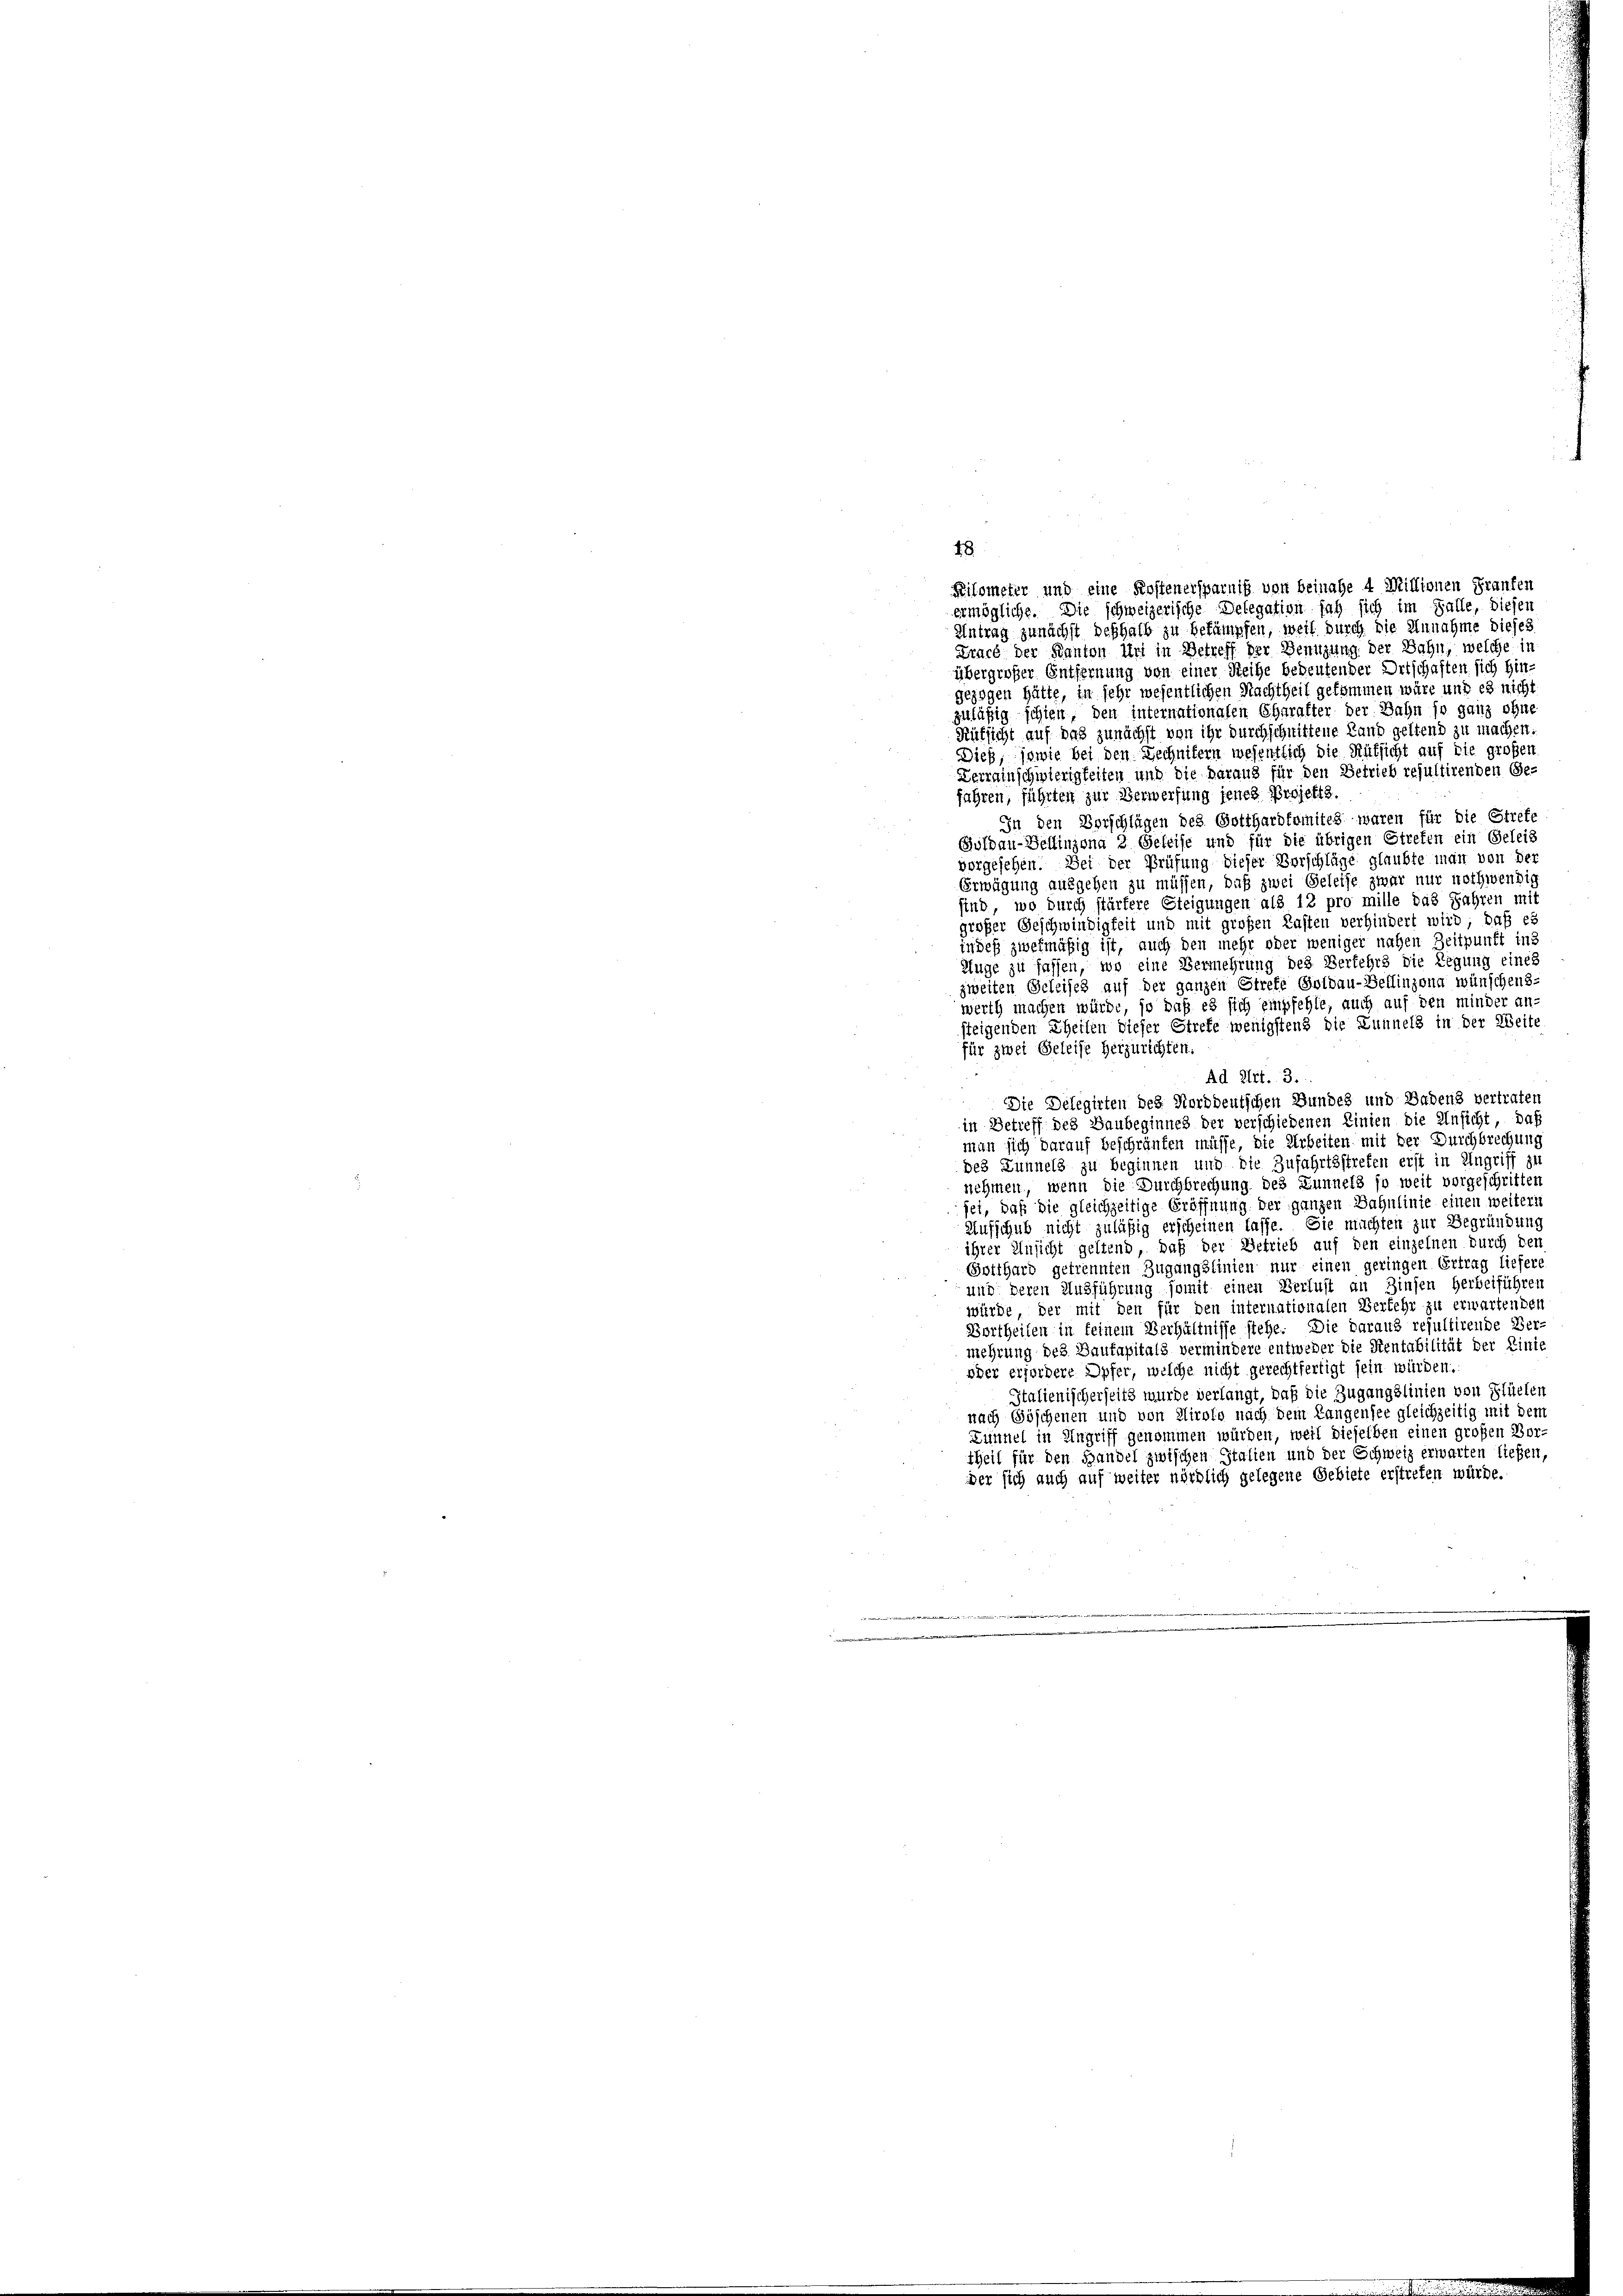
ermögliche. Die schweizerische Delegation sah sich im Falle, diesen
Antrag zunächst deshalb zu bekämpfen, weil durch die Annahme dieses
Tracé der Kanton Uri in Betreff der Benutzung der Bahn, welche in
übergroßer Entfernung von einer Reihe bedeutender Ortschaften sich hin-
gezogen hätte, in sehr wesentlichen Nachtheit gekommen wäre und es nicht
zuläßig schien, den internationalen Charakter der Bahn so ganz ohne
Rüksicht auf das zunächst von ihr durchschnittene Land geltend zu machen.
Dieß, sowie bei den Lechnitern wesentlich die Rüksicht auf die großen
Zerrainschwierigkeiten und die daraus für den Betrieb resultirenden Ge-
fahren, führten zur Verwerfung jenes Projekts
In den Vorschlägen des Gotthardkomites waren für die Strefe
Culbau-Dellinzona 2 Geleise und für die übrigen Strefen ein Geleis
vorgesehen. Sei der Prüfung dieser Verschläge glaubte man von der
Erwägung ausgehen zu müssen, daß zwei Geleise zwar nur nothwendig
sind, wo durch stärkere Steigungen als 12 pro mille das Jahren mit
großer Geschwindigkeit und mit großen Kaffen verhindert wird; daß ei
indeß zwekmäßig ist, auch den mehr oder weniger nahen Zeitpunft ins
Auge zu fassen, wo eine Vermehrung des Verkehrs die Legung eines
zweiten Geleisch auf der ganzen Strete Goldau-Bellinzona wünschens-
werth machen würde, so daß es sich empfehle, auch auf den minder an-
steigenden Theilen dieser Strefe wenigstens die Lunnels in der Weite
für zwei Geleise herzurichten.
Ad Art. 3.
Die Delegirten des Norddeutschen Bundes und Bodens vertraten
in Betreff des Baubeginnes der verschiedenen Linien die Ansicht, daß
man sich darauf beschränken müsse, die Arbeiten mit der Durchbrechung
des Lunnels zu beginnen und die Zufahrtsstrefen erst in Angriff zu
nehmen, wenn die Durchbrechung des Lunnels so weit vorgeschritten
fet, daß die gleichzeitige Eröffnung der ganzen Bahnlinie einen weitern
Aufschub nicht zuläßig erscheinen lasse. Sie machten zur Begründung
ihrer Ansicht geltend, daß der Getrieb auf den einzelnen durch den
Gotthard getrennten Zugangslinien nur einen geringen Ertrag liefere
und deren Ausführung somit einen Verlust an Zinsen herbeiführen
würde, der mit den für den internationalen Verfehr zu erwartenden
Bortheilen in keinem Verhältnisse stehe. Die daraus resultirende Ver-
mehrung des Baufapitals vermindere entweder die Rentabilität der Linie
oder erfordere Opfer, welche nicht gerechtfertigt sein würden.
Italienischerseits wurde verlangt, daß die Zugangslinien von Flüelen
nach Göschenen und von Airolo nach dem Langensee gleichzeitig mit dem
Zünnel in Angriff genommen würden, weil dieselben einen großen Vor-
theil für den Handel zwischen Italien und der Schweiz erwarten liefen,
der sich auch auf weiter nördlich gelegene Gebiete erstreten würde.
e

48.

Kilometer und eine Kostenersparniß von beinahe 4 Millionen Franken